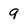
Character: 9